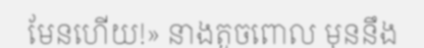
មែនហើយ!» នាងតូចពោល មុននឹង